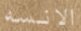
الانسه